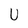
Character: U